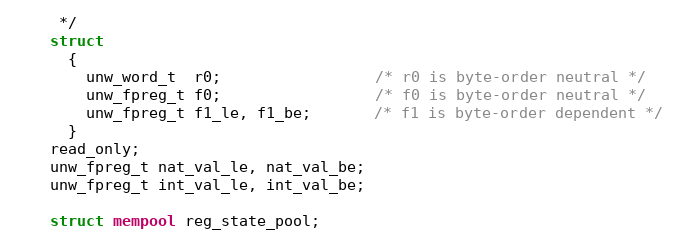
Language: C
     */
    struct
      {
        unw_word_t  r0;                 /* r0 is byte-order neutral */
        unw_fpreg_t f0;                 /* f0 is byte-order neutral */
        unw_fpreg_t f1_le, f1_be;       /* f1 is byte-order dependent */
      }
    read_only;
    unw_fpreg_t nat_val_le, nat_val_be;
    unw_fpreg_t int_val_le, int_val_be;

    struct mempool reg_state_pool;